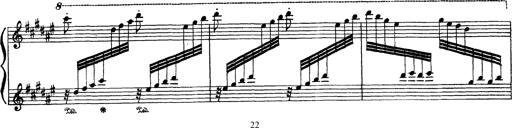
Title: AnnÃ©es de PÃ¨lerinage III
Composer: Franz Liszt